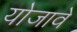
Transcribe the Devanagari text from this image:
योजावे